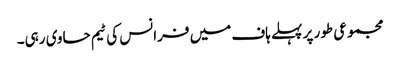
مجموعی طور پر پہلے ہاف میں فرانس کی ٹیم حاوی رہی۔